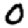
Digit: 0